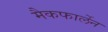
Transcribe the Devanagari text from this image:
मैकफार्लेन